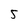
Character: 5